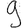
Digit: 9